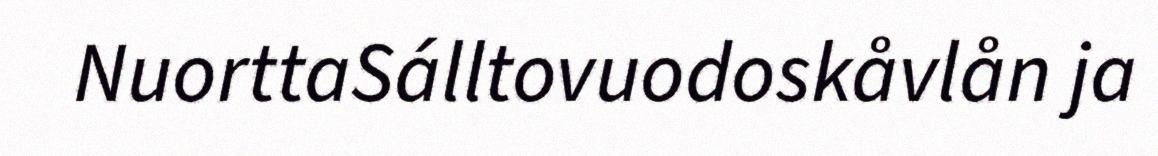
NuorttaSálltovuodoskåvlån ja